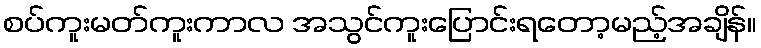
စပ်ကူးမတ်ကူးကာလ အသွင်ကူးပြောင်းရတော့မည့်အချိန်။